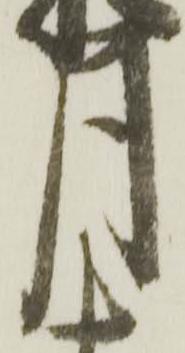
月